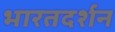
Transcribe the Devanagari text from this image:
भारतदर्शन